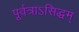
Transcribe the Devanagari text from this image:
पूर्वत्राऽसिद्धम्